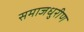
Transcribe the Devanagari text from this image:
समाजधुरीण